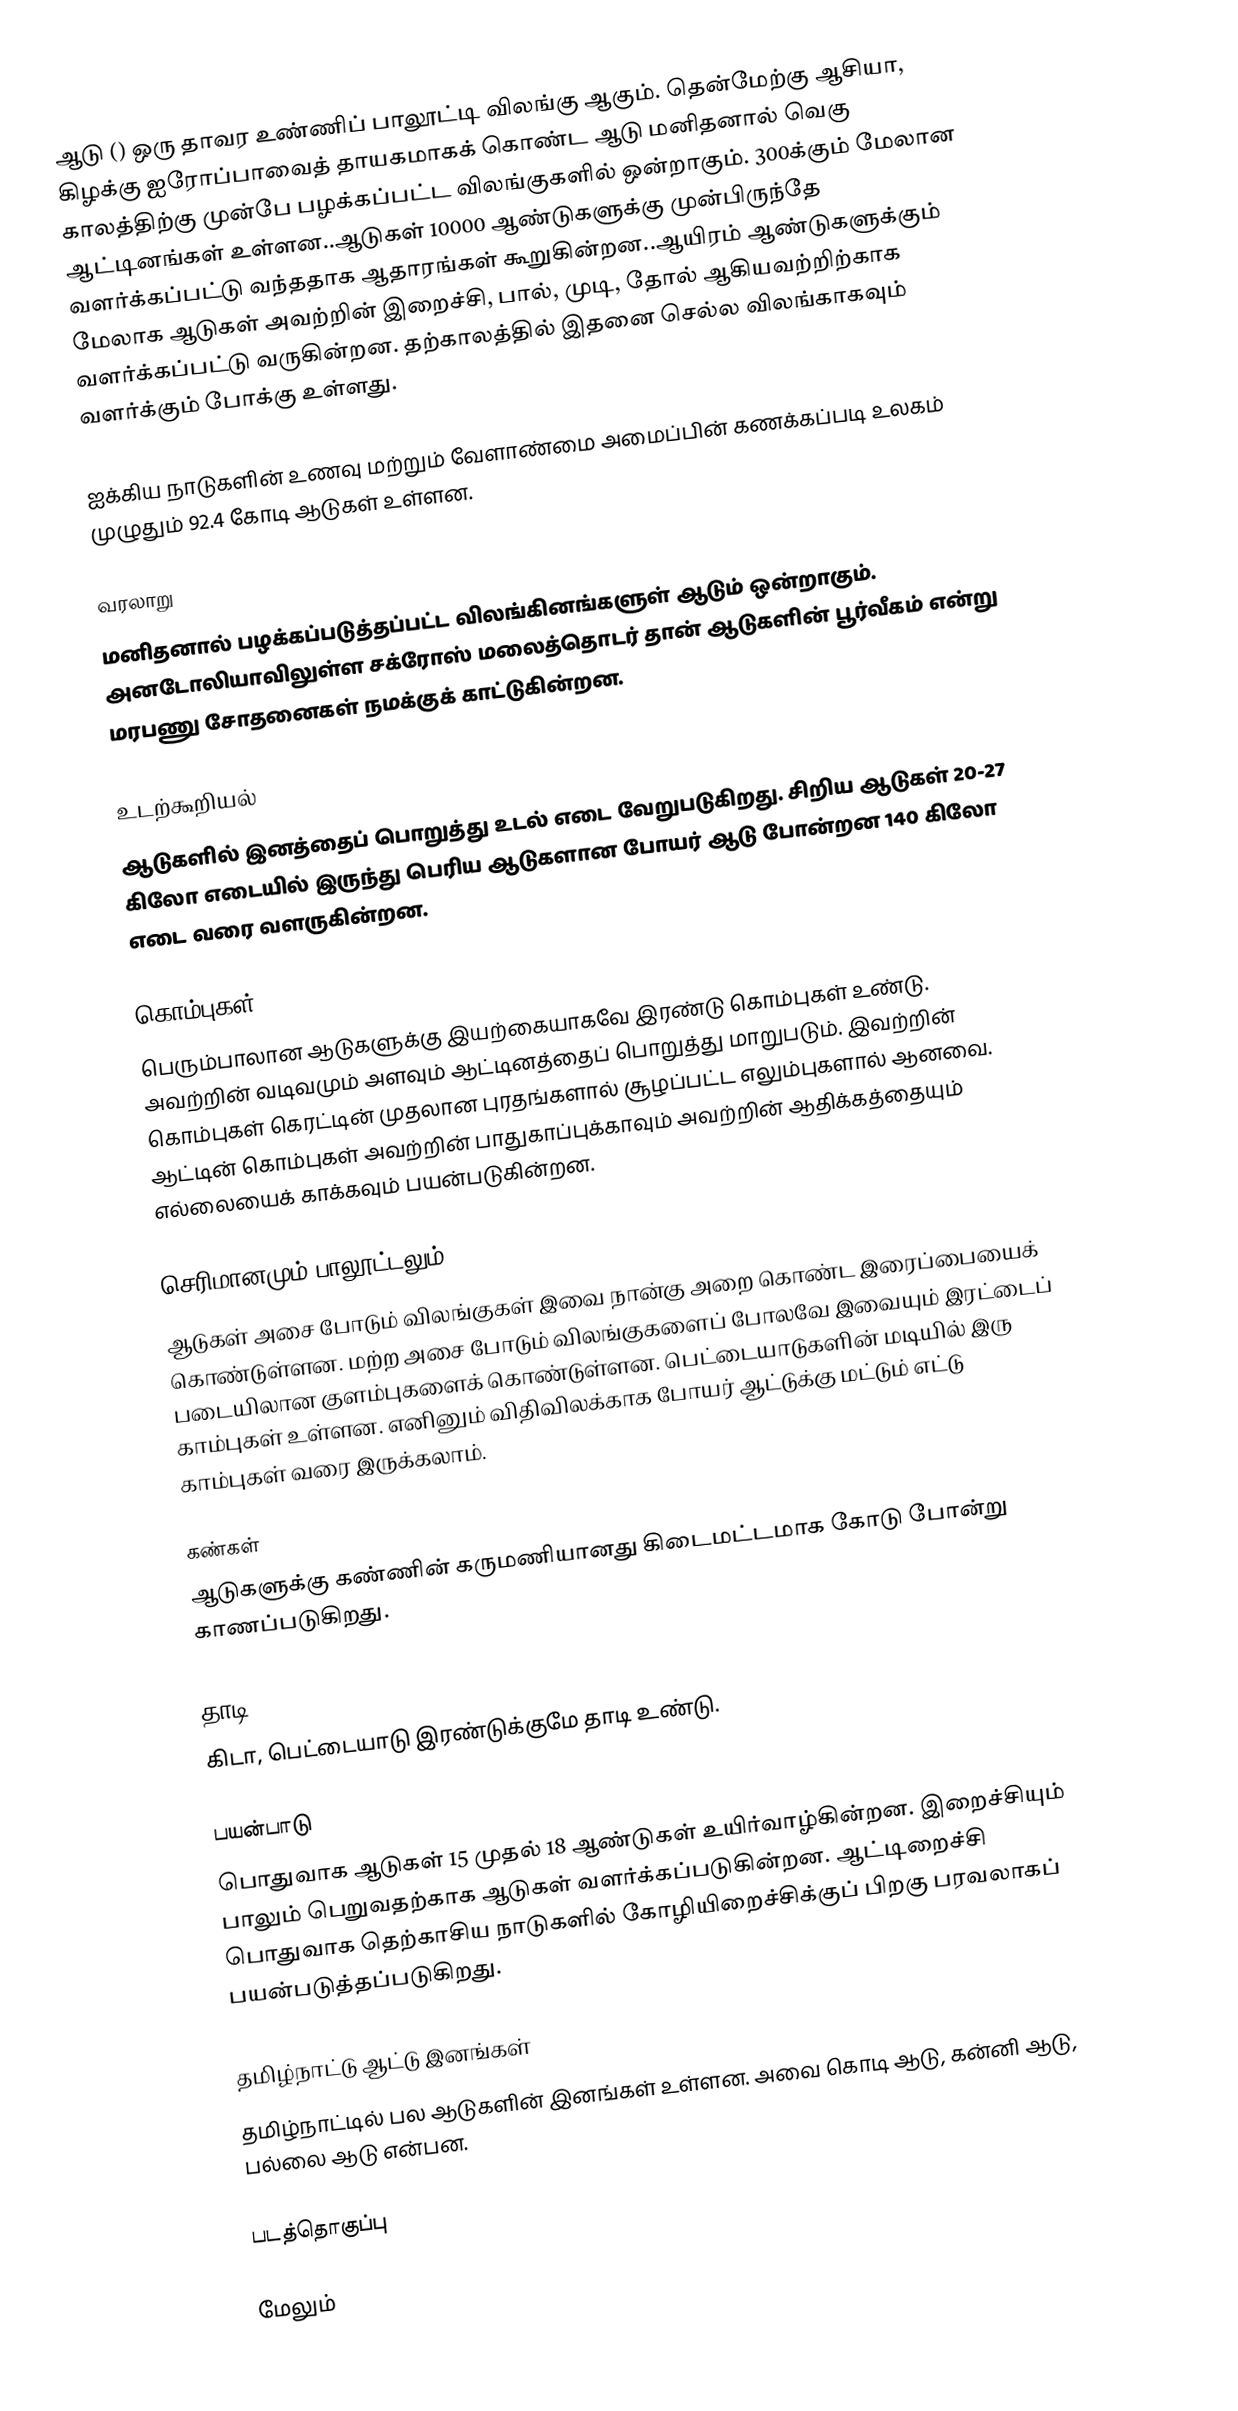
ஆடு ()  ஒரு தாவர உண்ணிப் பாலூட்டி விலங்கு ஆகும். தென்மேற்கு ஆசியா, கிழக்கு ஐரோப்பாவைத் தாயகமாகக் கொண்ட ஆடு மனிதனால் வெகு காலத்திற்கு முன்பே பழக்கப்பட்ட விலங்குகளில் ஒன்றாகும். 300க்கும் மேலான ஆட்டினங்கள் உள்ளன..ஆடுகள் 10000 ஆண்டுகளுக்கு முன்பிருந்தே வளர்க்கப்பட்டு வந்ததாக ஆதாரங்கள் கூறுகின்றன..ஆயிரம் ஆண்டுகளுக்கும் மேலாக ஆடுகள் அவற்றின் இறைச்சி, பால், முடி, தோல் ஆகியவற்றிற்காக வளர்க்கப்பட்டு வருகின்றன. தற்காலத்தில் இதனை செல்ல விலங்காகவும் வளர்க்கும் போக்கு உள்ளது.

ஐக்கிய நாடுகளின் உணவு மற்றும் வேளாண்மை அமைப்பின் கணக்கப்படி உலகம் முழுதும் 92.4 கோடி ஆடுகள் உள்ளன.

வரலாறு
மனிதனால் பழக்கப்படுத்தப்பட்ட விலங்கினங்களுள் ஆடும் ஒன்றாகும். அனடோலியாவிலுள்ள சக்ரோஸ் மலைத்தொடர் தான் ஆடுகளின் பூர்வீகம் என்று மரபணு சோதனைகள் நமக்குக் காட்டுகின்றன.

உடற்கூறியல்
ஆடுகளில் இனத்தைப் பொறுத்து உடல் எடை வேறுபடுகிறது. சிறிய ஆடுகள் 20-27 கிலோ எடையில் இருந்து பெரிய ஆடுகளான போயர் ஆடு போன்றன 140 கிலோ எடை வரை வளருகின்றன.

கொம்புகள்
பெரும்பாலான ஆடுகளுக்கு இயற்கையாகவே இரண்டு கொம்புகள் உண்டு. அவற்றின் வடிவமும் அளவும் ஆட்டினத்தைப் பொறுத்து மாறுபடும். இவற்றின் கொம்புகள் கெரட்டின் முதலான புரதங்களால் சூழப்பட்ட எலும்புகளால் ஆனவை. ஆட்டின் கொம்புகள் அவற்றின் பாதுகாப்புக்காவும் அவற்றின் ஆதிக்கத்தையும் எல்லையைக் காக்கவும் பயன்படுகின்றன.

செரிமானமும் பாலூட்டலும்
ஆடுகள் அசை போடும் விலங்குகள் இவை நான்கு அறை கொண்ட இரைப்பையைக் கொண்டுள்ளன. மற்ற அசை போடும் விலங்குகளைப் போலவே இவையும் இரட்டைப் படையிலான குளம்புகளைக் கொண்டுள்ளன. பெட்டையாடுகளின் மடியில் இரு காம்புகள் உள்ளன. எனினும் விதிவிலக்காக போயர் ஆட்டுக்கு மட்டும் எட்டு காம்புகள் வரை இருக்கலாம்.

கண்கள்
ஆடுகளுக்கு கண்ணின் கருமணியானது கிடைமட்டமாக கோடு போன்று காணப்படுகிறது.

தாடி
கிடா, பெட்டையாடு இரண்டுக்குமே தாடி உண்டு.

பயன்பாடு
பொதுவாக ஆடுகள் 15 முதல் 18 ஆண்டுகள் உயிர்வாழ்கின்றன. இறைச்சியும் பாலும் பெறுவதற்காக ஆடுகள் வளர்க்கப்படுகின்றன. ஆட்டிறைச்சி பொதுவாக தெற்காசிய நாடுகளில் கோழியிறைச்சிக்குப் பிறகு பரவலாகப் பயன்படுத்தப்படுகிறது.

தமிழ்நாட்டு ஆட்டு இனங்கள்
தமிழ்நாட்டில் பல ஆடுகளின் இனங்கள் உள்ளன. அவை கொடி ஆடு, கன்னி ஆடு, பல்லை ஆடு என்பன.

படத்தொகுப்பு

மேலும்